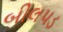
બીલપડ